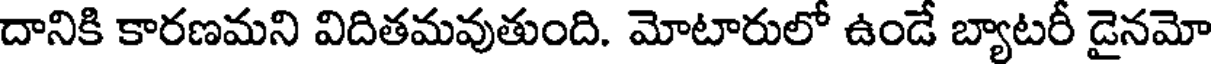
దానికి కారణమని విదితమవుతుంది. మోటారులో ఉండే బ్యాటరీ డైనమో